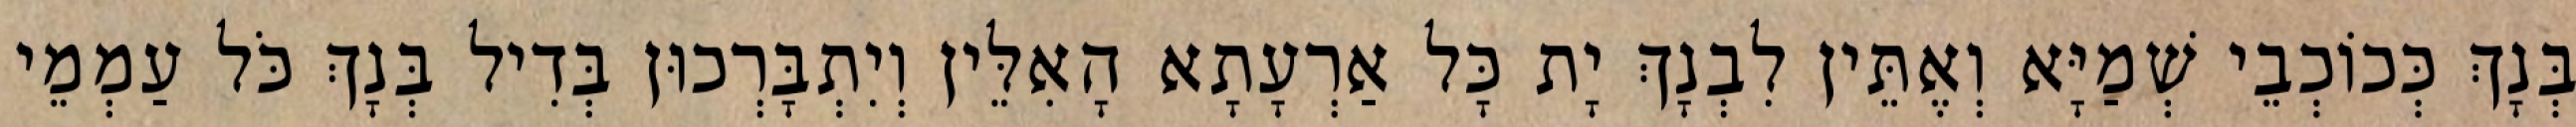
בְּנָךְ כְּכוֹכְבֵי שְׁמַיָּא וְאֶתֵּין לִבְנָךְ יָת כָּל אַרְעָתָא הָאִלֵּין וְיִתְבָּרְכוּן בְּדִיל בְּנָךְ כֹּל עַמְמֵי